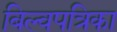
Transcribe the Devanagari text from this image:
बिल्वपत्रिका